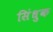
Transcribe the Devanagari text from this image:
सिंधुक